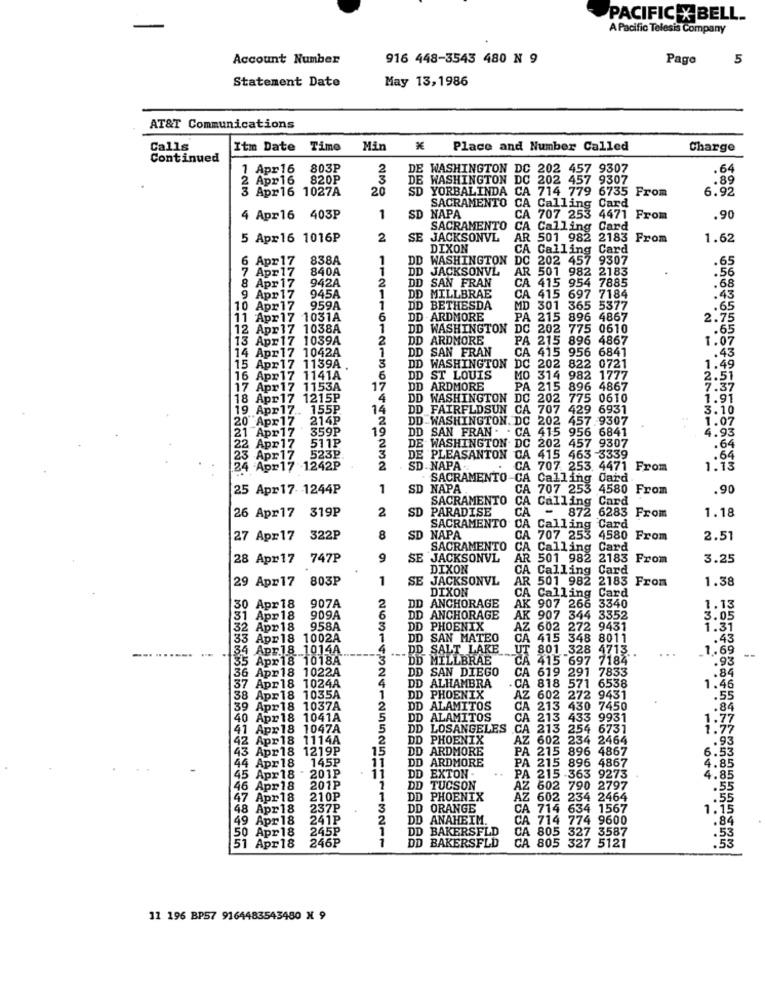
PACIFIC X BELL.
A Pacific Telesis Company
Account Number
916 448-3543 480 N 9
Pago
5
Statement Date
May 13,1986
AT&T Communications
Calls
Itm Date Time
Min
Place and Number Called
Charge
Continued
1 Apr16
803P
DE WASHINGTON DC 202
457
9307
.64
Apr16
820P
DE WASHINGTON D
WASHINGTON DC 202 457 9307
202
457 9307
.89
3 Apr16 1027A
20
SD
YORBALINDA CA 714 779 6735
779 6735 From
6.92
SACRAMENTO CA Calling Card
4 Apr16 403₽
1
SD NAPA
CA
707 253 4471 From
.90
SACRAMENTO
CA Calling Card
5 Apr16 1016₽
2
SE JACKSONVL
AR 501 982 2183 From
1.62
DIXON
CA Calling Card
Card
6 Apr17
838A
1
DD WASHINGTON
DC
202 457 9307
.65
7 Apr 17
840A
1
DD JACKSONVL
AR
501 982 2183
.56
942A
2
DD
SAN FRAN
CA
415 954 7885
.68
8 Apr 17
9 Apr17 945A
MILLBRAE
1
DD
CA 415 697 7184
.43
10 Apr17 959A
1
DD BETHESDA
MD
MD 301 365 5377
.65
11 Apr17 1031A
6
DD - ARDMORE
PA 215 896 4867
2.75
12 Apr17 1038A
1
DD WASHINGTON
DC 202 775 0610
.65
13 Apr17 1039A
2
DD ARDMORE
PA
215 896 4867
1.07
14 Apr17 1042A
1
DD SAN FRAN
CA 415 956 6841
.43
15 Apr17 1139A .
3
DD WASHINGTON
DC 202 822 0721
1.49
16 Apr17 1141A
6
DD ST LOUIS
MO 314 982 1777
.51
17 Apr17 1153A
17
DD ARDMORE
PA 215 896 4867
7.37
18 Apr17 1215P
4
DD WASHINGTON DC 202 775 0610
1.91
19 Apr17 .. 155P
14
DD FAIRFLDSUN CA 707 429 6931
3.10
20 Apr17 214P
DD-WASHINGTON. DC 202 457.9307
1.07
21 Apr17
359P
19
DD
SAN FRAN . . CA 415 956 6841
4.93
511P
2
DE WASHINGTON DC 202 457 9307
22 Apr17
.64
23 Apr17 523P
3
DE PLEASANTON CA 415 463 -3339
.64
24 -Apr17 .1242P
2
SD NAPA ..
CA 707. 253. 4471 From
1.13
SACRAMENTO CA Calling Card
Calling Card
25 Apr17- 1244P
1
SD NAPA
CA 707 253 4580 From
.90
SACRAMENTO
CA Calling
Card
26 Apr17 319P
2
SD
PARADISE
CA
872 6283 From
1.18
SACRAMENTO
Calling Card
27 Apr17 322P
8
SD NAPA
CA
707 253
4580 From
2.51
SACRAMENTO
CA
Calling Card
28 Apr17
747P
9
SE
JACKSONVL
AR 501 982 2183 From
3.25
DIXON
CA
Calling Card
29 Apr17
803P
1
SE JACKSONVL
AR
501 982 2183 From
1.38
DIXON
CA
2
Calling Card
30 Apr18
907A
DD ANCHORAGE
AK
AK 907 266
3340
1.13
31 Apr 18
909A
6
DD ANCHORAGE
AK 907 344 3352
3.05
32
2 Apr18 958A
3
DD PHOENIX
AZ 602 272 9431
1.31
33 Apr18 1002A
1
DD
SAN MATEO
CA 415 348 8011
CA
.43
34 Apr.18.1014A
4
DD SALT LAKE
UT
801 328 4713
...
1.69
--
--.
5 Apr18 1018A
3
DD MILLBRAE
CA 415 697 7184
.93
36 Apr18 1022A
DD SAN DIEGO
CA 619 291 7833
1 7833
.84
4
DD ALHAMBRA
.CA 818 571 6538
37 Apr18 1024A
1.46
8 Apr18 1035A
1
DD PHOENIX
AZ
602 272 9431
.55
39 Apr18 1037A
2
DD ALAMITOS
CA
213 430 7450
.84
0 Apr18 1041A
5
DD
ALAMITOS
CA
213 433 9931
1.77
41 Apr18 1047A
5
DD LOSANGELES
CA
213 254 6731
1.77
42 Apr18 1114A
2
DD PHOENIX
AZ 602 234 2464
.93
3 Apr18 1219P
15
DD ARDMORE
PA 215 896 4867
6.53
44 Apr18 145P
11
DD ARDMORE
PA 215 896 4867
4.85
45 Apr18 . 201P
...
11
DD EXTON -
PA 215 -363 9273
4.85
46 Apr18
201₽
DD TUCSON
AZ 602 790 2797
.55
47 Apr18
210P
DD PHOENIX
AZ 602 234 2464
.55
48 Apr18
237P
3
DD
ORANGE
CA 714 634 1567
1.15
49 Apr18
241P
DD ANAHEIM.
CA 714 774 9600
.84
50 Apr18
245P
1
DD BAKERSFLD
51 Apr18
246P
1
DD BAKERSFLD
CA 805 327 5121
CA 805 327 3587
.53
.53
11 196 BP57 9164483543480 X 9